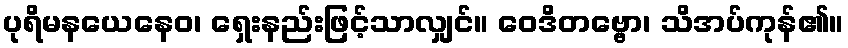
ပုရိမနယေနေဝ၊ ရှေးနည်းဖြင့်သာလျှင်။ ဝေဒိတဗ္ဗော၊ သိအပ်ကုန်၏။